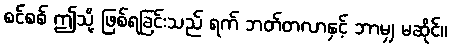
စင်စစ် ဤသို့ ဖြစ်ရခြင်းသည် ရက် ဘတ်တလာနှင့် ဘာမျှ မဆိုင်။